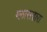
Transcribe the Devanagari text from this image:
ग्लासद्वारा